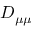
D _ { \mu \mu }